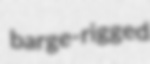
barge-rigged